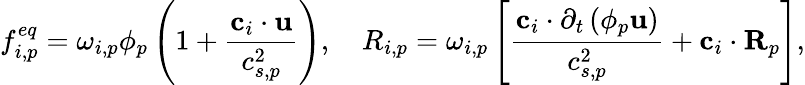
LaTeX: f_{i,p}^{eq}=\omega_{i,p}\phi_{p}\left(1+\frac{\mathbf{c}_{i}\cdot\mathbf{u}}{c_{s,p}^{2}}\right),\quad R_{i,p}=\omega_{i,p}\left[\frac{\mathbf{c}_{i}\cdot\partial_{t}\left(\phi_{p}\mathbf{u}\right)}{c_{s,p}^{2}}+\mathbf{c}_{i}\cdot\mathbf{R}_{p}\right],